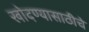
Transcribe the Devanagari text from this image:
खोदण्यासाठीचे